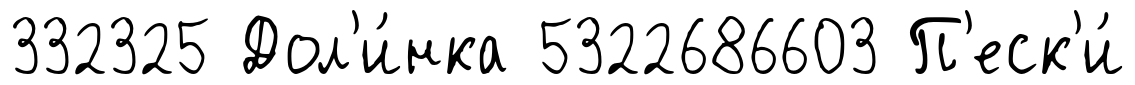
332325 Дол'и́нка 5322686603 П'еск'и́